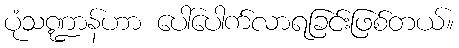
ပုံသဏ္ဍာန်ဟာ ပေါ်ပေါက်လာရခြင်းဖြစ်တယ်။